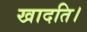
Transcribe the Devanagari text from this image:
खादति।